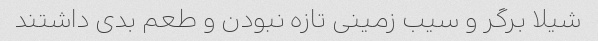
شیلا برگر و سیب زمینی تازه نبودن و طعم بدی داشتند